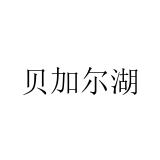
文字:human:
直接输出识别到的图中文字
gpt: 贝加尔湖